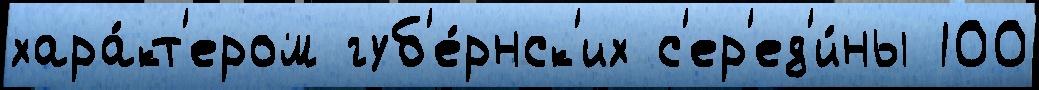
хара́кт'ером губ'е́рнск'их с'ер'ед'и́ны 100